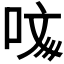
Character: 𠲲